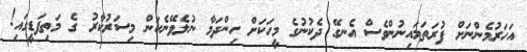
އަހަރުމެންނަށް ފުރަތަމައިނުންވެސް އެނގޭ ދެކުނުގެ މީހަކަށް ހިންދަމާ ނުލެވޭނެކަން މިސަރުކާރު ގެ މަތިފަޑީގައި!